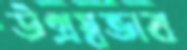
উগ্রস্বভাব